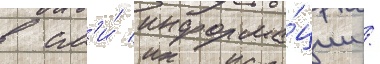
в см'и́ информа́ции /